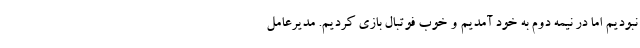
نبودیم اما در نیمه دوم به خود آمدیم و خوب فوتبال بازی کردیم. مدیرعامل